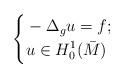
LaTeX: \begin{align*} \left \{\begin{aligned}&-\Delta_g u =f;\\&u\in H^1_0(\bar{M})\end{aligned}\right.\end{align*}